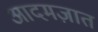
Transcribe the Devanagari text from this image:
आदमज़ात